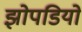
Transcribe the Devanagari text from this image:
झोपडियो